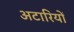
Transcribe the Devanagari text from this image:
अटारियों